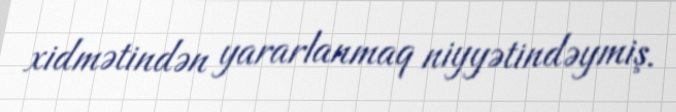
xidmətindən yararlanmaq niyyətindəymiş.